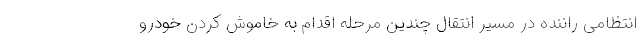
انتظامی راننده در مسیر انتقال چندین مرحله اقدام به خاموش کردن خودرو